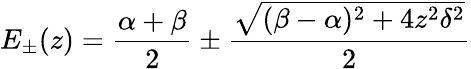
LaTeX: E_{\pm}(z)=\frac{\alpha+\beta}{2}\pm\frac{\sqrt{(\beta-\alpha)^{2}+4z^{2}\delta^{2}}}{2}